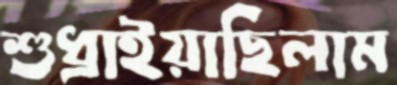
শুধ্‌রাইয়াছিলাম